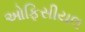
ઓફિસીયલ